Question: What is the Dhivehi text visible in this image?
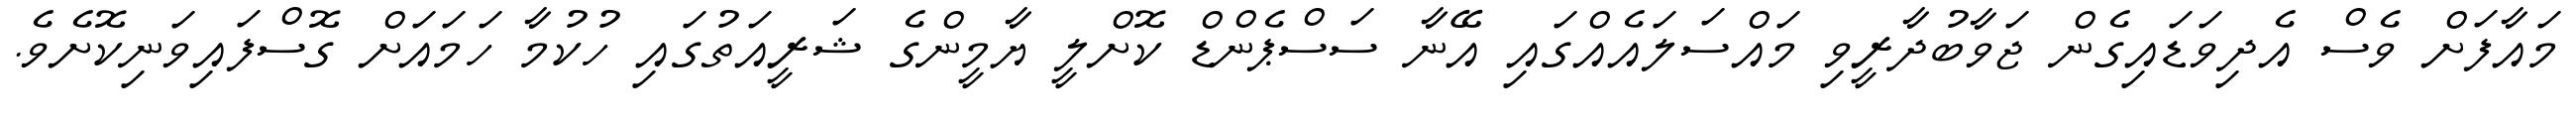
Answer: މައާފަށް ވެސް އެދިވަޑައިގެން ޖަވާބުދާރީވި މައްސަލައެއްގައި އޭނާ ސަސްޕެންޑް ކޮށްލީ ޔާމީންގެ ޝަރީއަތުގައި ހުކުމާ ހަމައަށް ގޮސްފައިވަނިކޮށެވެ.